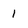
Character: 1